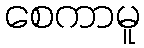
စေကာမူ